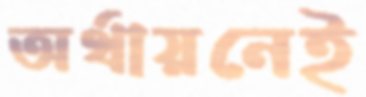
অর্থায়নেই